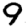
Digit: 9